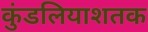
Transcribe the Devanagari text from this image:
कुंडलियाशतक